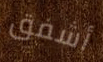
أشفق